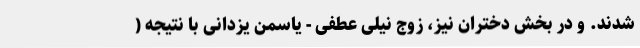
شدند. و در بخش دختران نیز، زوج نیلی عطفی - یاسمن یزدانی با نتیجه (